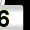
Digit: 6